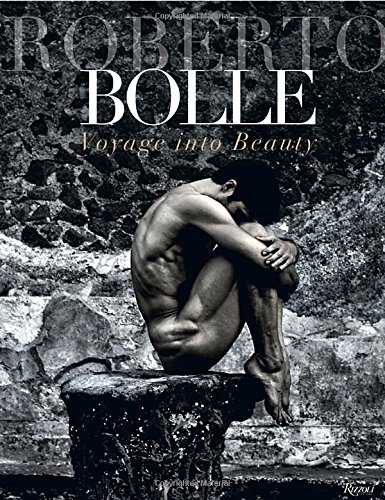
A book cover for Roberto Bolle: Voyage Into Beauty; Roberto Bolle; Humor & Entertainment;